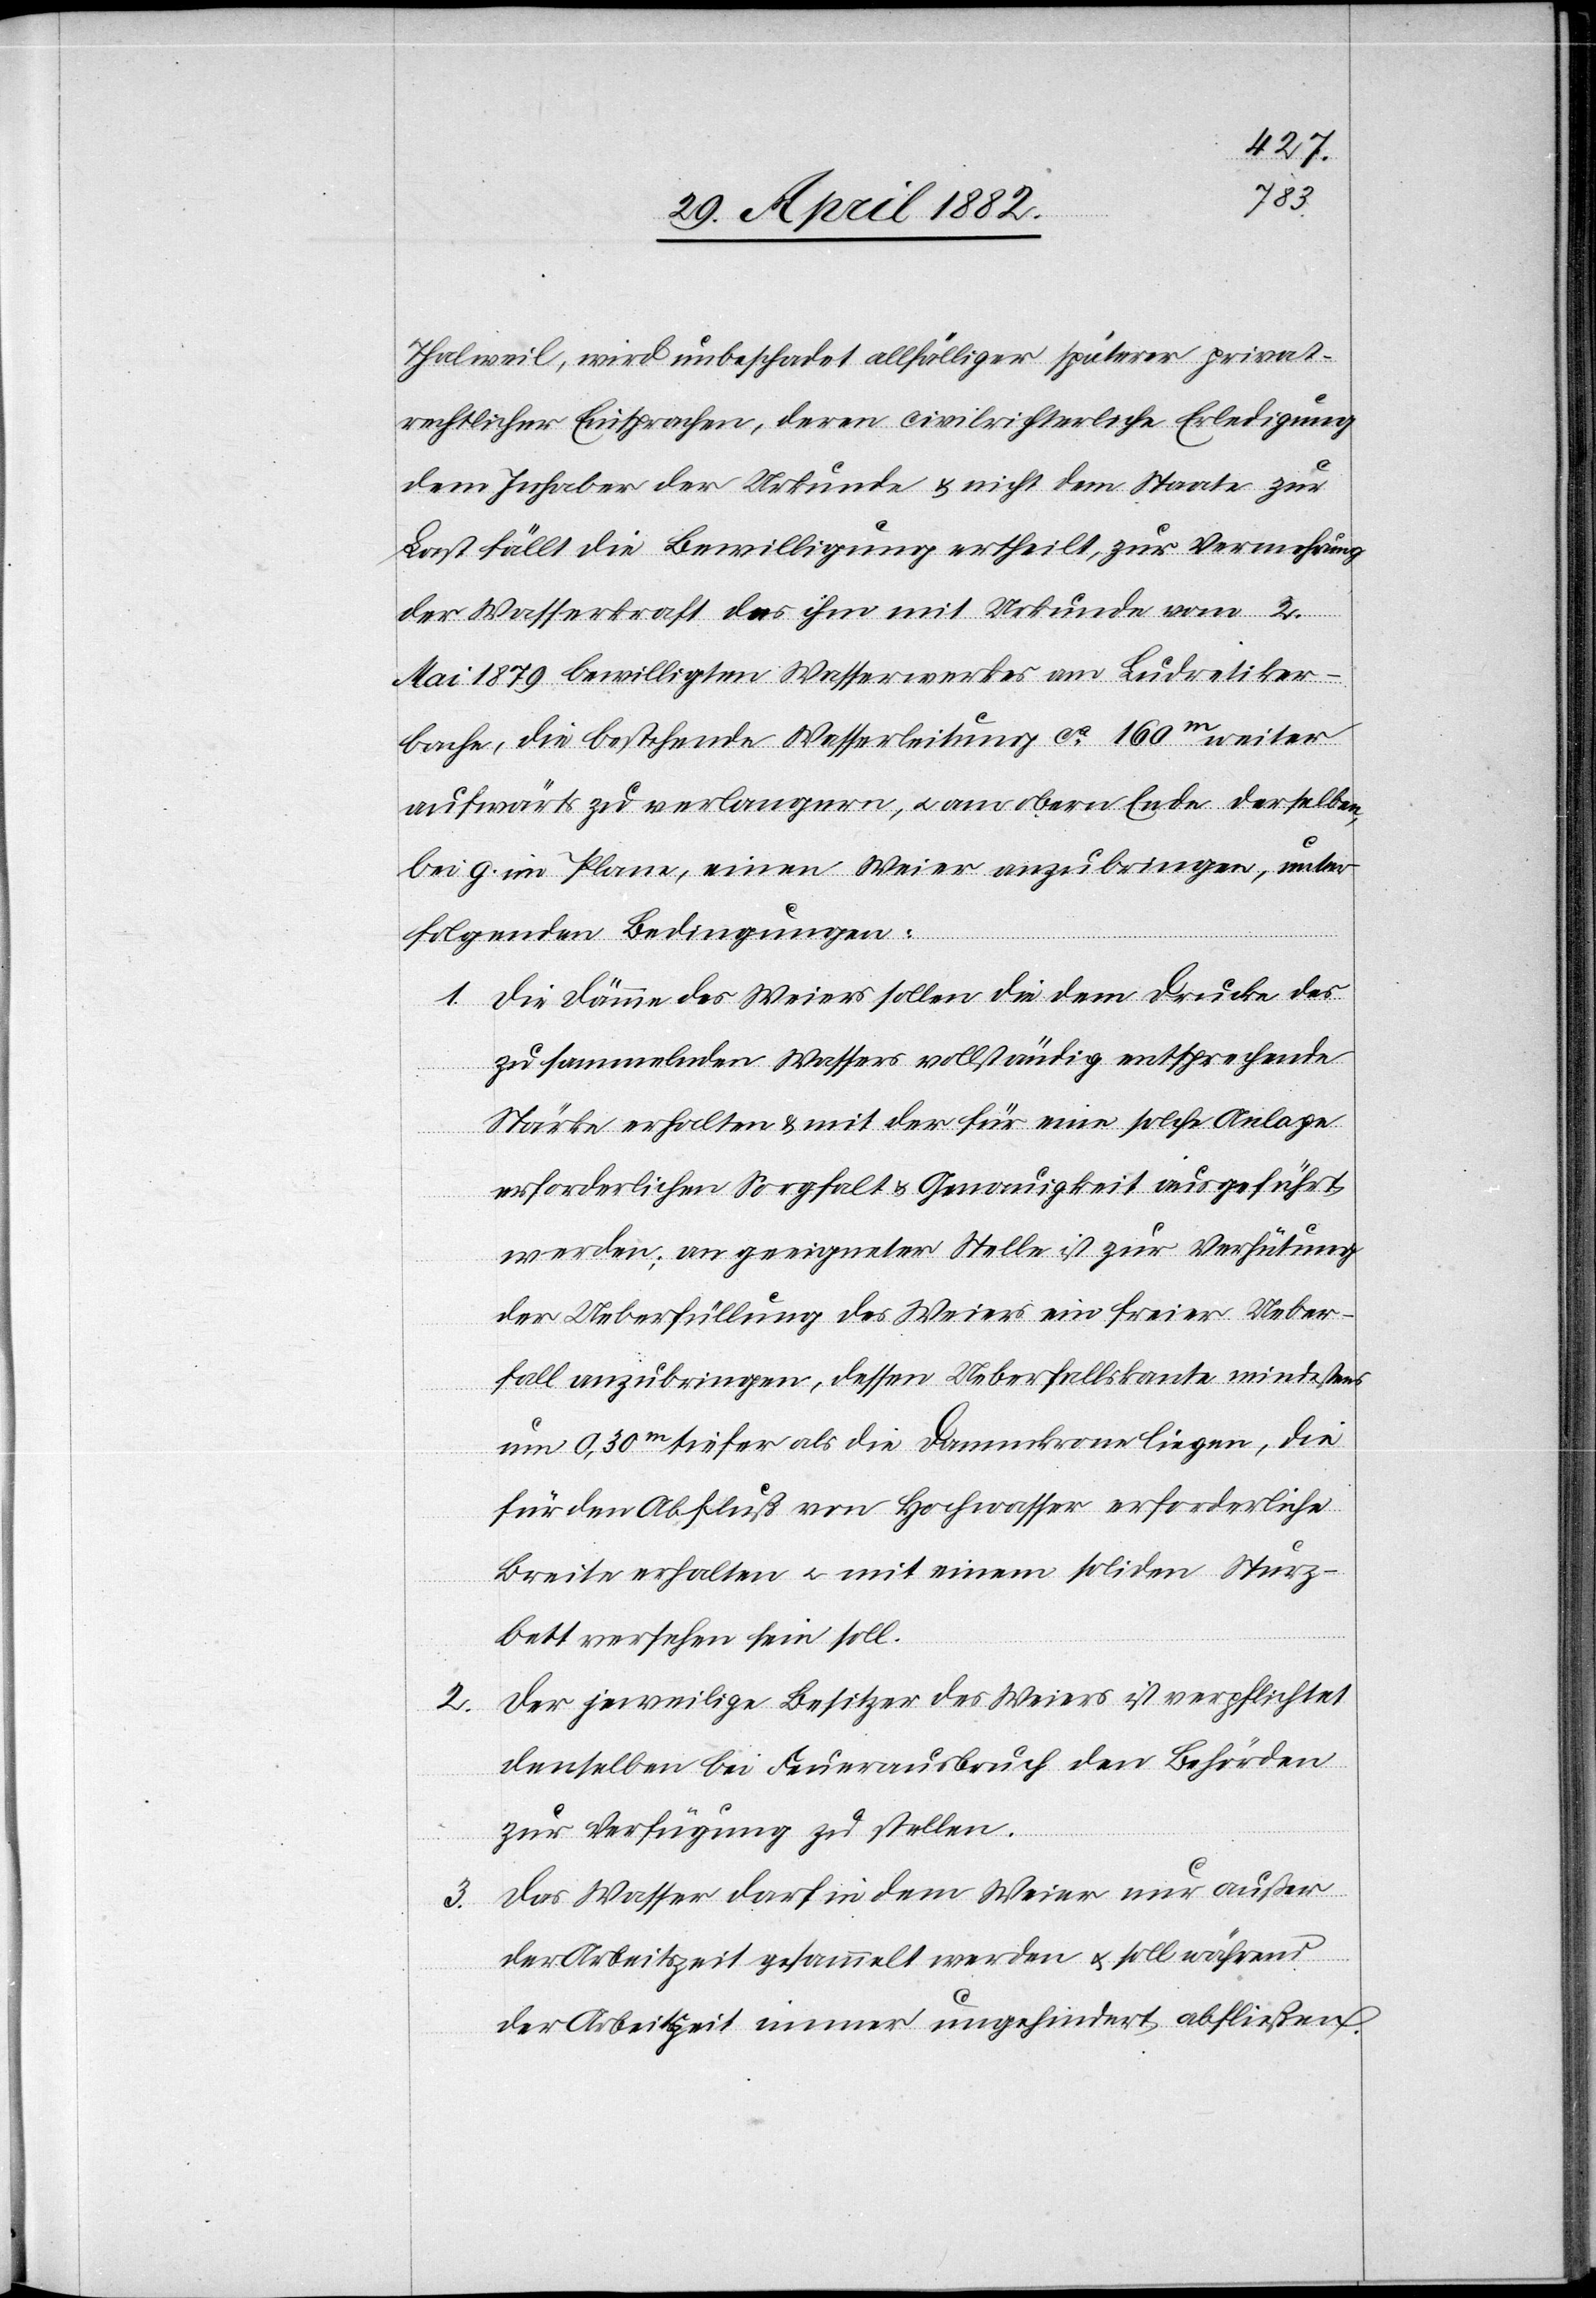
2.
3.

Thalweil, wird unbeschadet allfälliger späterer privat¬
rechtlicher Einsprachen, deren civilrichterliche Erledigung
dem Inhaber der Urkunde & nicht dem Staate zur
Last fällt, die Bewilligung ertheilt, zur Vermehrung
der Wasserkraft des ihm mit Urkunde vom 2.
Mai 1879 bewilligten Wasserwerkes am Ludretiker¬
bache, die bestehende Wasserleitung ca 160m weiter
aufwärts zu verlängern, u. am obern Ende derselben,
bei g. im Plane, einen Weier anzubringen, unter
folgenden Bedingungen:
1. Die Dämme des Weiers sollen die dem Drucke des
zu sammelnden Wassers vollständig entsprechende
Stärke erhalten & mit der für eine solche Anlage
erforderlichen Sorgfalt & Genauigkeit ausgeführt
werden; an geeigneter Stelle ist zur Verhütung
der Ueberfüllung des Weiers ein freier Ueber¬
fall anzubringen, dessen Ueberfallskante mindestens
um 0,30m tiefer als die Dammkrone liegen, die
für den Abfluß von Hochwasser erforderliche
Breite erhalten u. mit einem soliden Sturz¬
bett versehen sein soll.
Der jeweilige Besitzer des Weiers ist verpflichtet
denselben bei Feuerausbruch den Behörden
zur Verfügung zu stellen.
Das Wasser darf in dem Weier nur außer
der Arbeitszeit gesammelt werden u. soll während
der Arbeitszeit immer ungehindert abfließen.